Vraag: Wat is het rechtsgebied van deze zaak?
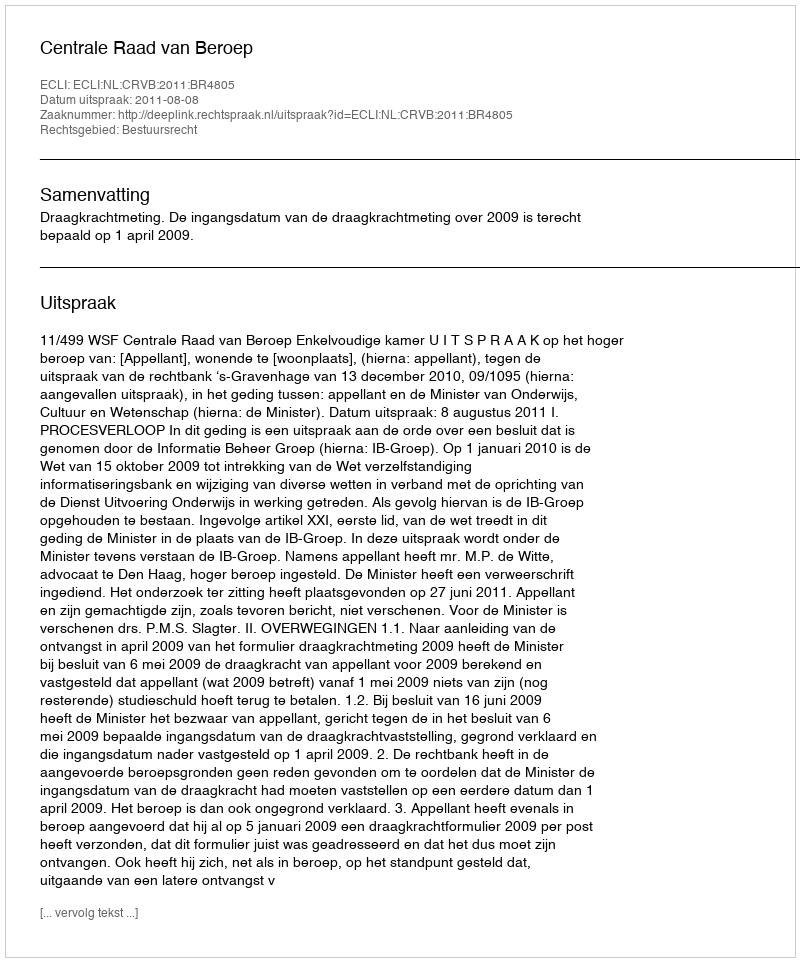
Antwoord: Bestuursrecht